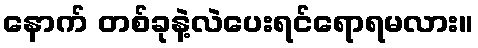
နောက် တစ်ခုနဲ့လဲပေးရင်ရောရမလား။